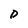
Character: D